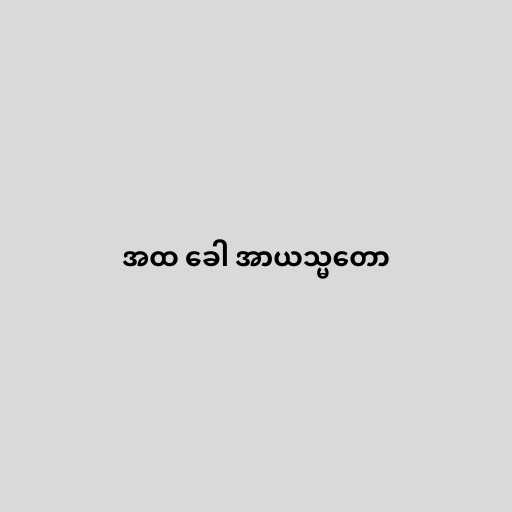
အထ ခေါ အာယသ္မတော